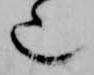
也